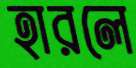
হারলে